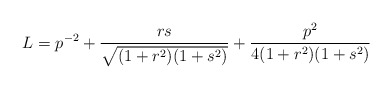
\begin{align*}L=p^{-2}+\frac{rs}{\sqrt{(1+r^{2})(1+s^{2})}}+\frac{p^{2}}{4(1+r^{2})(1+s^{2})}\end{align*}